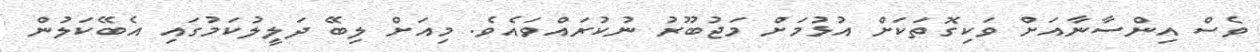
ވެސް އިންސާނާއަށް ވަކިގޮތަކަށް އުޅުމަށް މަޖުބޫރު ނުކުރައްވައެވެ. މިއަށް ލިބޭ ދަލީލުކަމުގައި އެބޭކަލުން